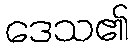
ဒေသ၏